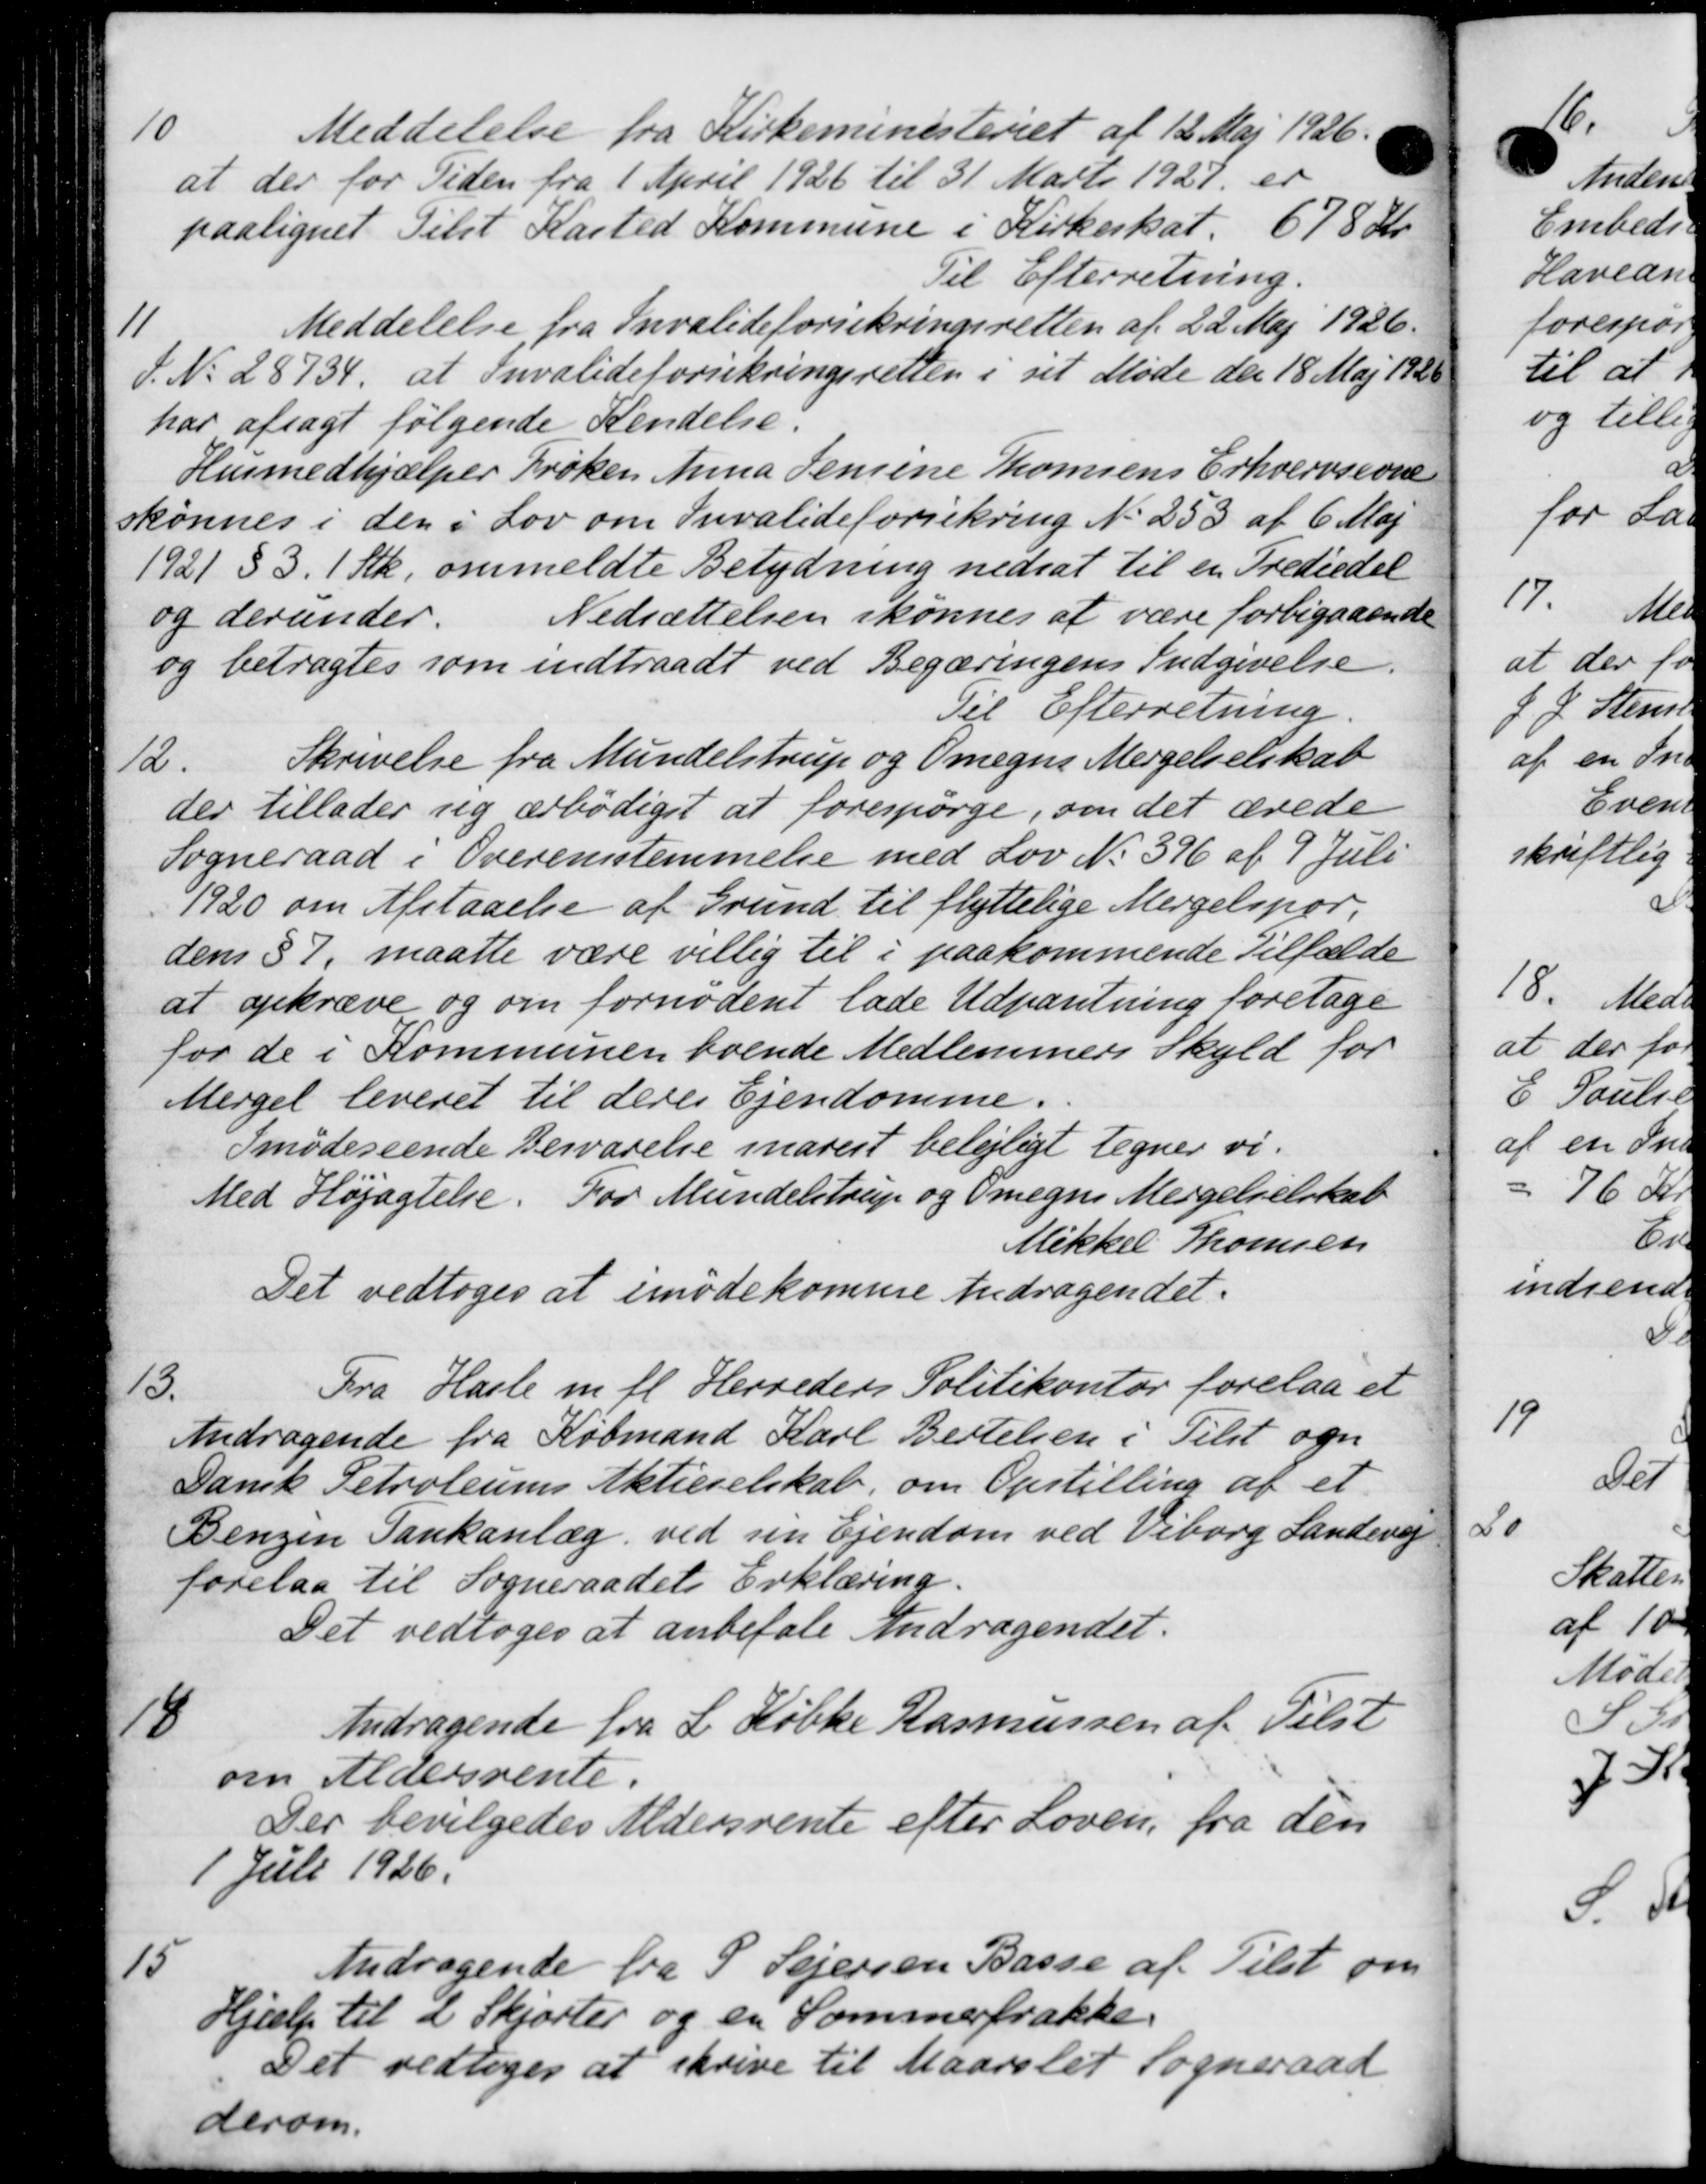
Transskription:
10
Meddelelse fra Kirkeministeriet af 12 Maj 1926.
at der for Tiden fra 1 April 1926 til 31 Marts 1927 er
paalignet Tilst Kasted Kommune i Kirkeskat. 678 Kr
Til Efterretning.
11
Meddelelse fra Invalideforsikringsretten af 22 Maj 1926.
S. No. 28734, at Invalideforsikringsretten i sit Møde den 18 Maj 1926
har afsagt følgende Kendelse.
Husmedhjælper Frøken Anna Jensine Thomsens Erhvervsevne
skønnes i den i Lov om Invalideforsikring No 253 af 6 Maj
1921 § 3. 1 Stk. ommeldte Betydning nedsat til en Trediedel
og derunder.
Nedsættelsen skønnes at være forbigaaende
og betragtes som indtraadt ved Begæringens Indgivelse.
Til Efterretning
12.
Skrivelse fra Mundelstrup og Omegns Mergelselskab
der tillader sig ærbødigst at forespørge, om det ærede
Sogneraad i Overensstemmelse med Lov No. 396 af 9 Juli
1920 om Afstaaelse af Grund til flyttelige Mergelspor.
dens § 7, maatte være villig til i paakommende Tilfælde
at opkræve og om fornødent lade Udpantning foretage
for de i Kommunen boende Medlemmers Skyld for
Mergel leveret til deres Ejendomme.
Imødeseende Besvarelse snarest belejligt tegner vi
Med Højagtelse. For Mundelstrup og Omegns Mergelselskab
Mikkel Thomsen
Det vedtoges at imødekomme Andragendet.
13.
Fra Hasle m. fl. Herreders Politikontor forelaa et
Andragende fra Købmand Karl Bertelsen i Tilst og
Dansk Petroleums Aktieselskab, om Opstilling af et
Benzen Tankanlæg ved sin Ejendom ved Viborg Landevej
forelaa til Sogneraadets Erklæring.
Det vedtoges at anbefale Andragendet.
18
Andragende fra L. Købke Rasmussen af Tilst
om Aldersrente.
Der bevilgedes Aldersrente efter Loven, fra den
1 Juli 1926.
15
Andragende fra P. Sejersen Basse af Tilst om
Hjælp til 2 Skjorter og en Sommerfrakke.
Det vedtoges at skrive til Maarslet Sogneråde
derom.